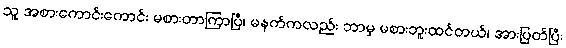
သူ အစားကောင်းကောင်း မစားတာကြာပြီ၊ မနက်ကလည်း ဘာမှ မစားဘူးထင်တယ်၊ အားပြတ်ပြီး